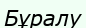
Бұралу